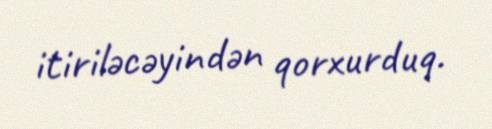
itiriləcəyindən qorxurduq.